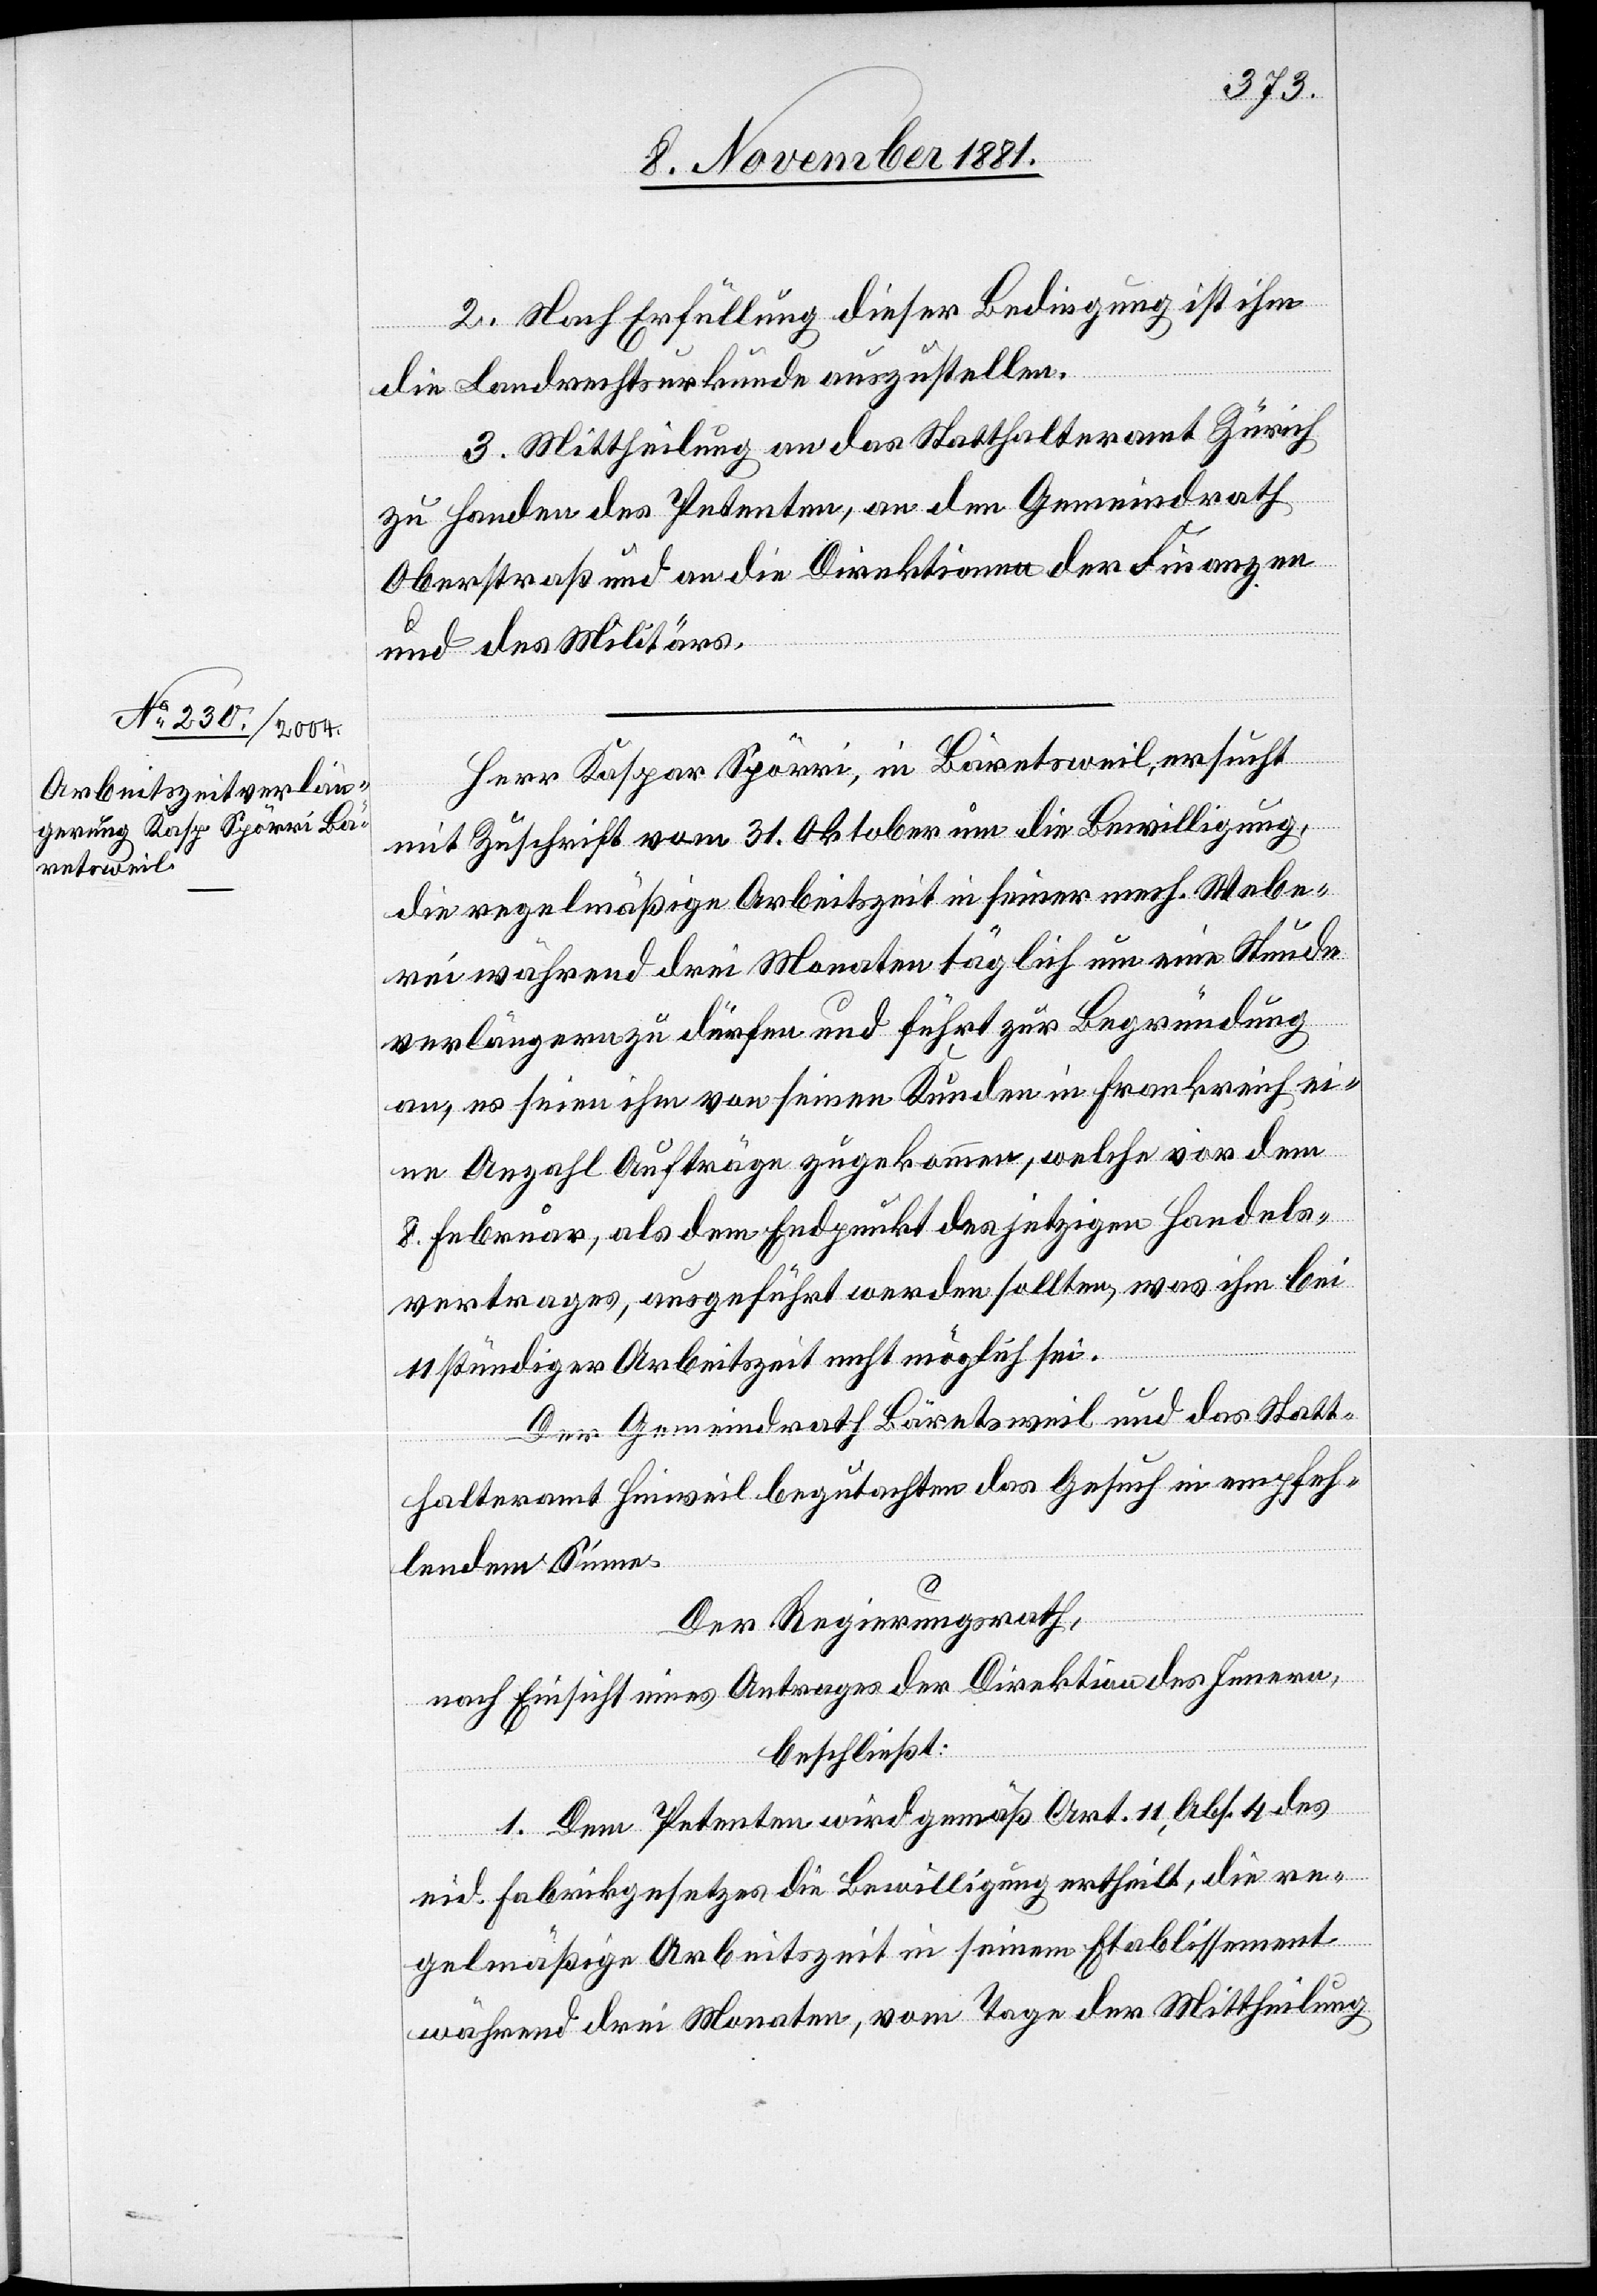
2. Nach Erfüllung dieser Bedingung ist ihm
die Landrechtsurkunde auszustellen.
3. Mittheilung an das Statthalteramt Zürich
zu Handen des Petenten, an den Gemeindrath
Oberstraß und an die Direktionen der Finanzen
und des Militärs.
Herr Kaspar Spörri, in Bäretsweil, ersucht
mit Zuschrift vom 31. Oktober um die Bewilligung,
die regelmäßige Arbeitszeit in seiner mech. Webe¬
rei während drei Monaten täglich um eine Stunde
verlängern zu dürfen und führt zur Begründung
an, es seien ihm von seinen Kunden in Frankreich ei¬
ne Anzahl Aufträge zugekommen, welche vor dem
8. Februar, als dem Endpunkt des jetzigen Handels¬
vertrages, ausgeführt werden sollten, was ihm bei
11 stündiger Arbeitszeit nicht möglich sei.
Der Gemeindrath Bäretsweil und das Statt¬
halteramt Hinweil begutachten das Gesuch in empfeh¬
lendem Sinne.
Der Regierungsrath,
nach Einsicht eines Antrages der Direktion des Innern,
beschließt:
1. Dem Petenten wird gemäß Art. 11, Abs. 4 des
eid. Fabrikgesetzes die Bewilligung ertheilt, die re¬
gelmäßige Arbeitszeit in seinem Etablissement
während drei Monaten, vom Tage der Mittheilung